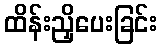
ထိန်းညှိပေးခြင်း